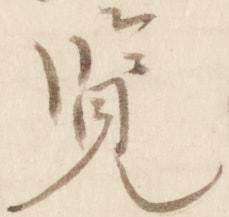
覧